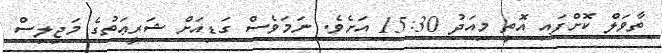
ތާވަލް ކޮށްފައި އޮތީ މިއަދު 15:30 އަށެވެ. ނަމަވެސް ގަޑިއަށް ޝަރީޢަތުގެ މަޖިލިސް